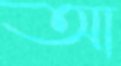
আ